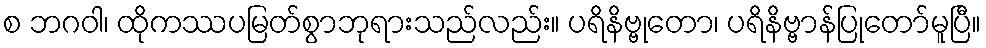
စ ဘဂဝါ၊ ထိုကဿပမြတ်စွာဘုရားသည်လည်း။ ပရိနိဗ္ဗုတော၊ ပရိနိဗ္ဗာန်ပြုတော်မူပြီ။